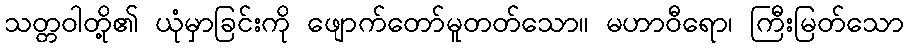
သတ္တဝါတို့၏ ယုံမှာခြင်းကို ဖျောက်တော်မူတတ်သော။ မဟာဝီရော၊ ကြီးမြတ်သော